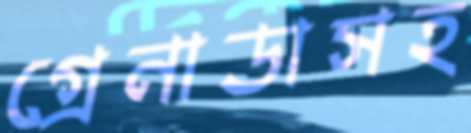
গ্রেনাডাসহ